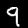
Label: 9